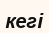
кегі